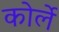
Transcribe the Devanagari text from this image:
कोर्ले